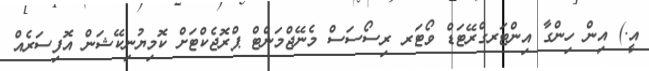
އީ.) އިން ހިންގާ އިންޓަރގްރޭޓަޑް ވޯޓަރ ރިސޯސަސް މެނޭޖްމަންޓް ޕްރޮޖެކްޓަށް ކޮމިޔުނިކޭޝަން އޮފިސަރެއް